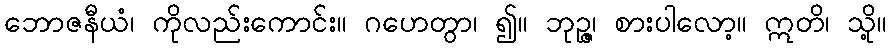
ဘောဇနီယံ၊ ကိုလည်းကောင်း။ ဂဟေတွာ၊ ၍။ ဘုဉ္ဇ၊ စားပါလော့။ ဣတိ၊ သို့။